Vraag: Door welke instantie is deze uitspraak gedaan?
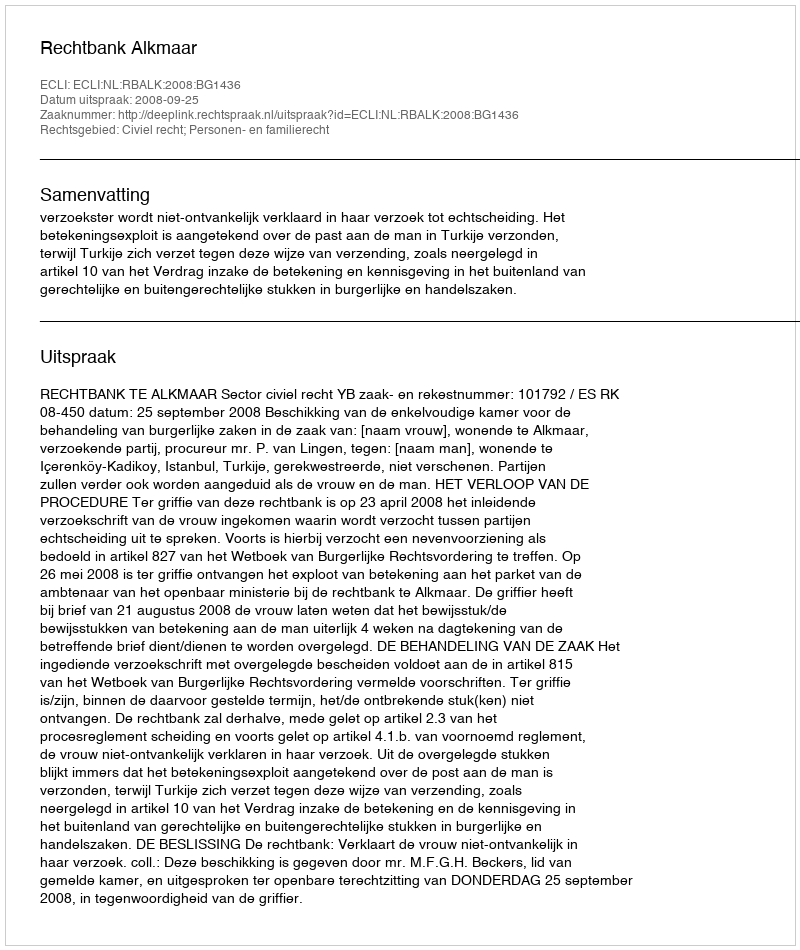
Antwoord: Rechtbank Alkmaar